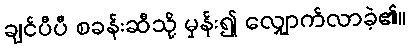
ချင်ပီပီ စခန်းဆီသို့ မှန်း၍ လျှောက်လာခဲ့၏။